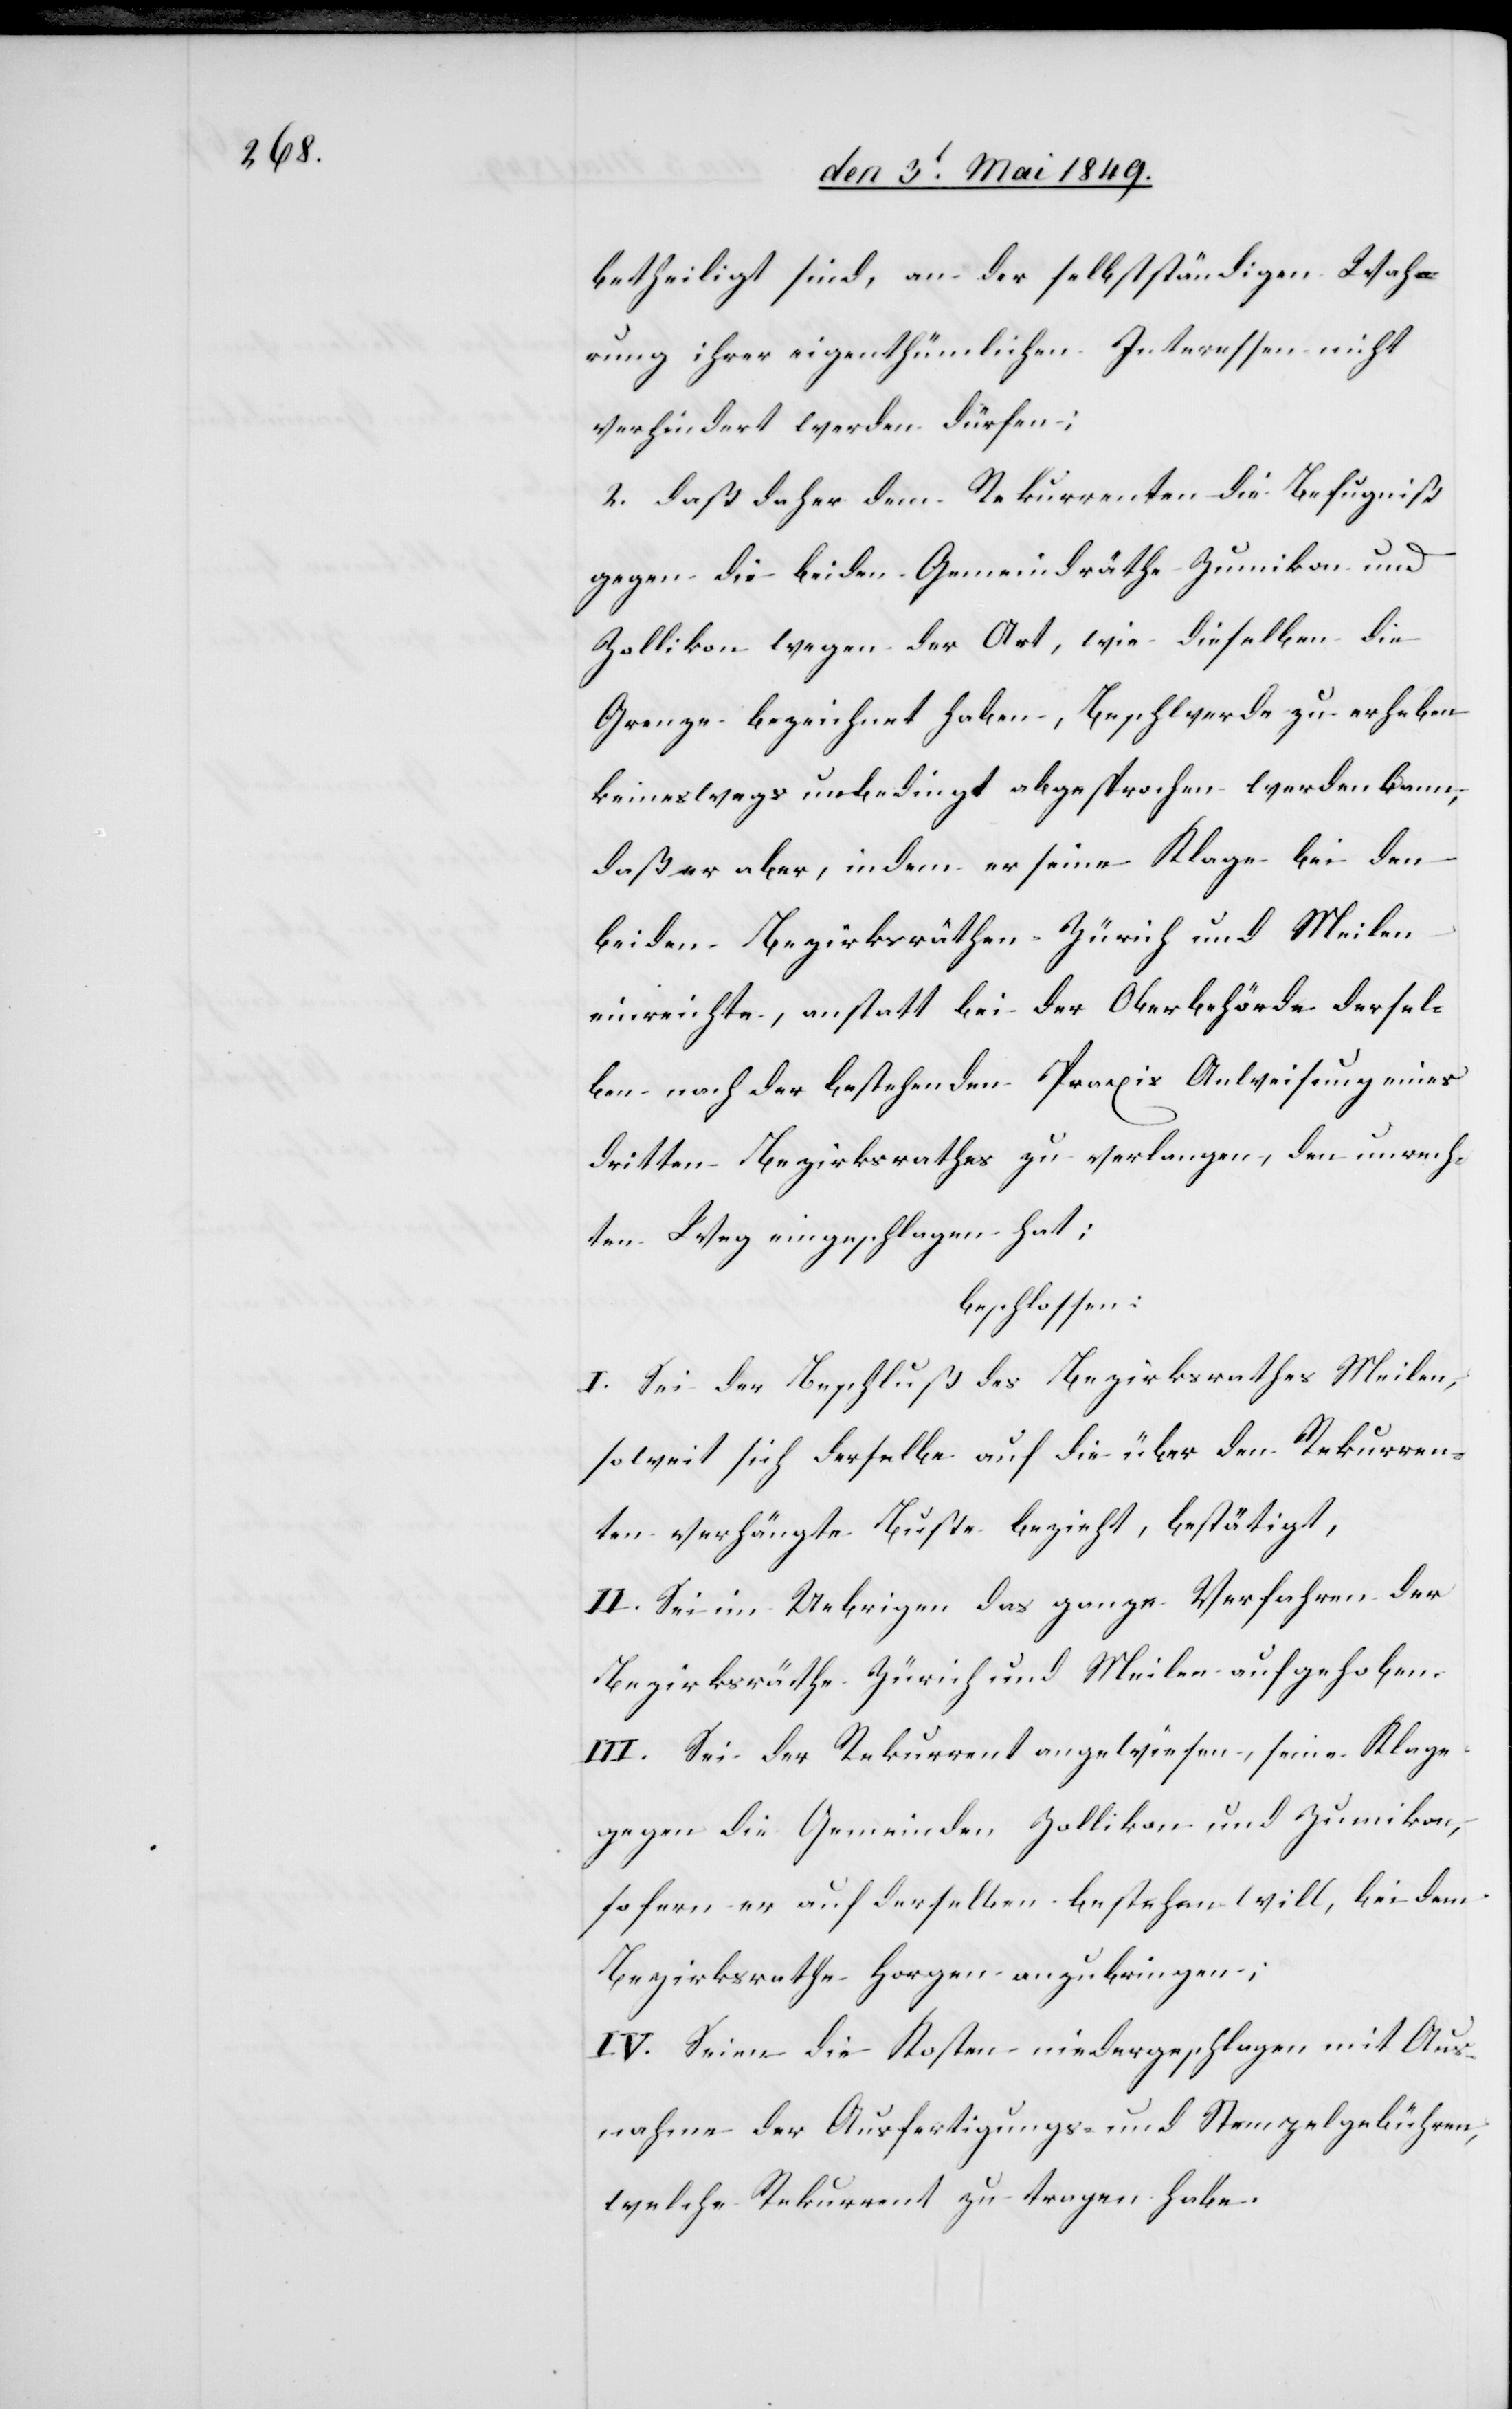
betheiligt sind, an der selbstständigen Wah¬
rung ihrer eigenthümlichen Interessen nicht
verhindert werden dürfen;
2. daß daher dem Rekurrenten die Befugniß
gegen die beiden Gemeindräthe Zumikon und
Zollikon wegen der Art, wie dieselben die
Grenze bezeichnet haben, Beschwerde zu erheben
keineswegs unbedingt abgesprochen werden kann,
daß er aber, indem er seine Klage bei den
beiden Bezirksräthen Zürich und Meilen
einreichte, anstatt bei der Oberbehörde dersel¬
be nach der bestehenden Praxis Anweisung eines
dritten Bezirksrathes zu verlangen, den unrech¬
ten Weg eingeschlagen hat:
beschlossen:
I. Sei der Beschluß des Bezirksrathes Meilen,
soweit sich derselbe auf die über den Rekurren¬
ten verhängte Buße bezieht, bestätigt,
II. Sei im Uebrigen das ganze Verfahren der
Bezirksräthe Zürich und Meilen aufgehoben.
III. Sei der Rekurrent angewiesen, seine Klage
gegen die Gemeinden Zollikon und Zumikon,
sofern er auf derselben bestehen will, bei dem
Bezirksrathe Horgen anzubringen;
IV. Seien die Kosten niedergeschlagen mit Aus¬
nahme der Ausfertigungs- und Stempelgebühren,
welche Rekurrent zu tragen habe.